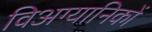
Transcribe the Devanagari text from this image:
विअग्यानिकों